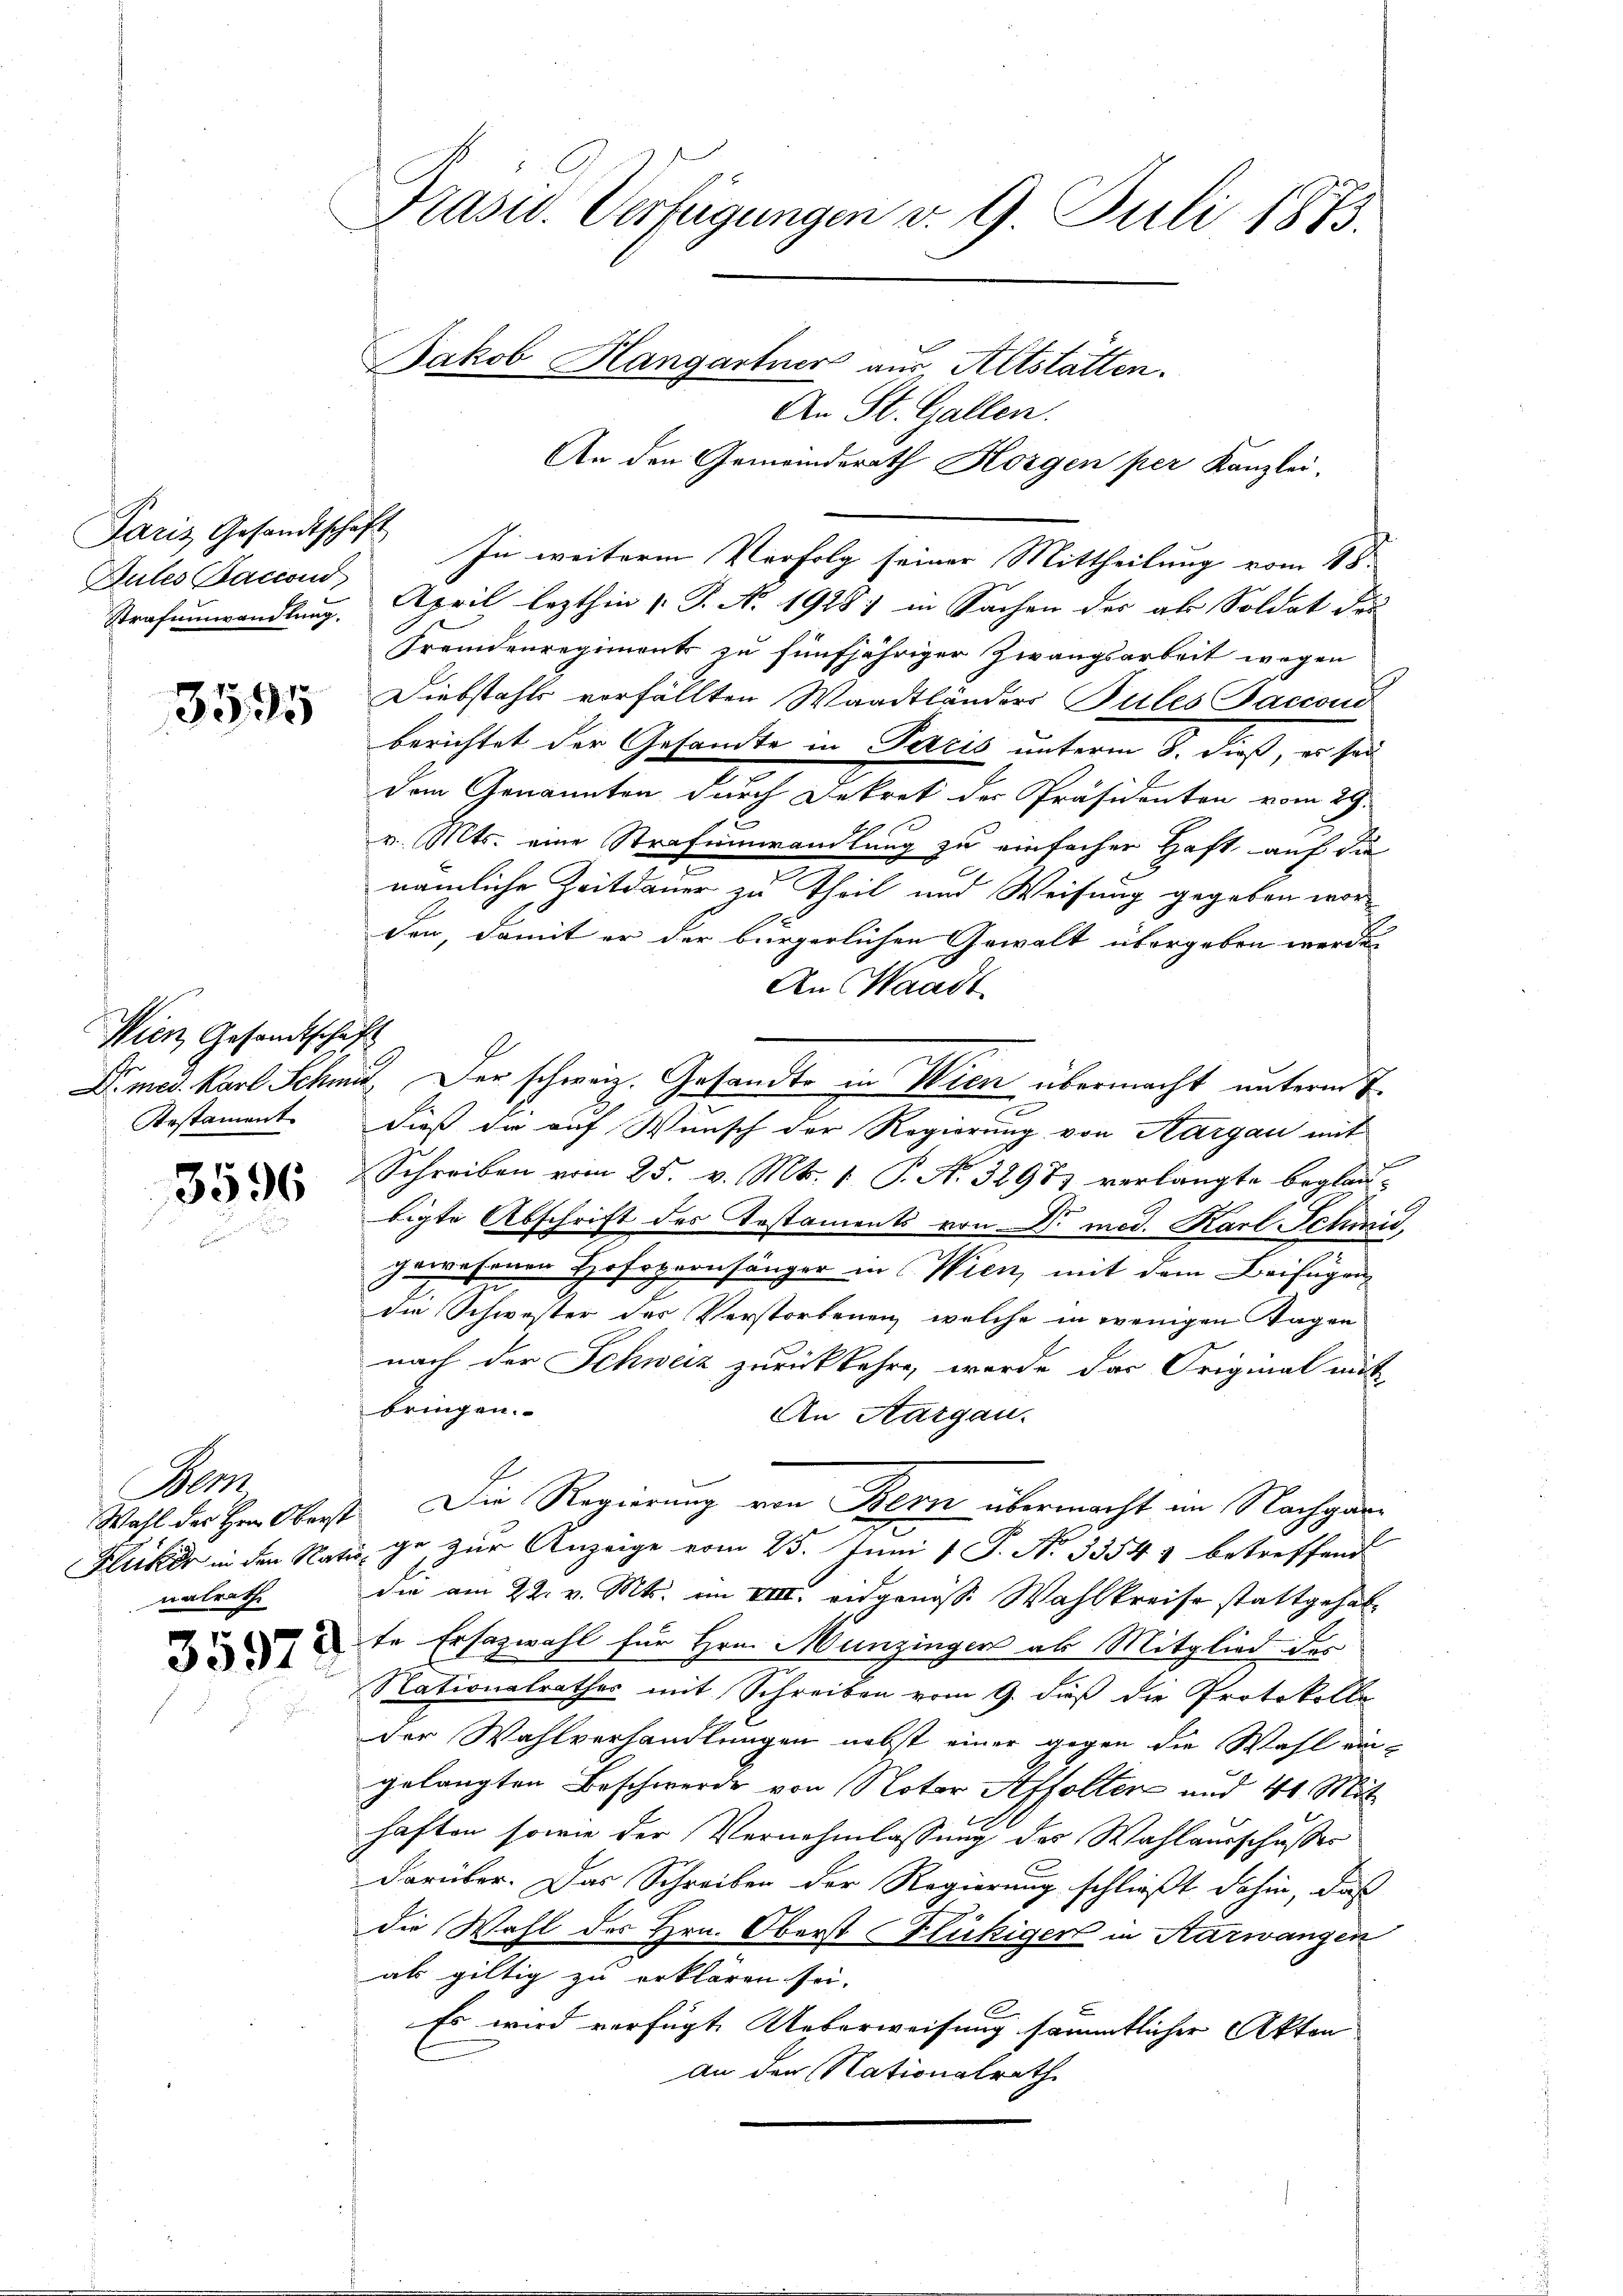
Paris Gesandtschaft
Bules Baccond

3595

Wien Gesandtschaft

3596

Bern
nalrath

.
30972

Präsid. Verfügungen v. 9. Juli 1873.

An St. Gallen.
An den Gemeinderath Horgen per Kanzlei-
In weiterm Verfolg seiner Mittheilung vom 18.
Strafumwandlung. April lezthin 1. P. Nr. 1928) in Sachen des als Soldat der
Fremdenregiments zu fünfjähriger Zwangsarbeit wegen
Diebstahls vorfällten Waadtländers Pules Saccond
berichtet der Gesandte in Paris unterm 8. dieß, es sei
dem Genannten durch Dekret der Präsidenten vom 29.
6
v. Mts. eine Strafeinwandlung zu einfachen Haft auf die
nämliche Zeitdauer zu Theil und Weisung gegeben worden, damit er der bürgerlichen Gewalt übergeben werde.
An Waadt
Dr. med. Karl Schmit. Der schweiz. Gesandte in Wien übermacht unterm 7.
2
Pestament. Dieß die auf Wunsch der Regierung von Aargau mit
d
Schreiben vom 25. v. Mts. 1. P. N. 32983 verlangte beglaubigte Abschrift des Testaments von Dr. med. Karl Schnis
gewesenen Hofopernsänger in Wien, mit dem Beifügen
die Schwester des Verstorbenen, welche in wenigen Tagen
nach der Schweiz zurückkehre, werde das Original mit-
bringen.
An Aargau.
Wahl der Her Oberst. Die Regierung von Bern übermacht im Nachgan¬
Fliker in den Rati, ge zur Anzeige vom 25. Juni 1 P. Nr. 33547 betreffend
die am 22. v. Mts. im VIII. eidgenösse Wahlkreise stattgehalte Ersazwahl für Hrn. Munzinger ab Mitglied des
Nationalrathes mit Schreiben vom 9. dieß die Protokolle
der Wahlverhandlungen nebst einer gegen die Wahl ein-
gelangten Beschwerde von Notar Affolter und 41. Mit
haften sowie der Vernehmlassung des Wahlausschusses
darüber. Das Schreiben der Regierung schließt dahin, daß
die Wahl des Hrn. Oberst Flückiger in Aarwangen
als giltig zu erklären sei.
Es wird verfügt. Ueberweisung sämmtlicher Akten
an den Nationalrath

Jakob Hangartner aus Altstätten.